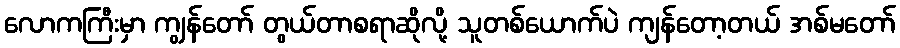
လောကကြီးမှာ ကျွန်တော် တွယ်တာစရာဆိုလို့ သူတစ်ယောက်ပဲ ကျန်တော့တယ် အစ်မတော်